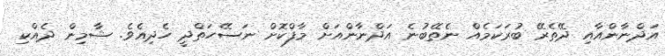
އަދްނާންއާއި ދޭތެރޭ ބުރަކަމެއް ނެތޭބުނެ އަދްނާންއަށް މާފްކޮށް ނަސޭހަތްދީ ހެދިއެވެ. ޝާމިން ދެއްކި